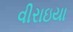
વીરાઇયા